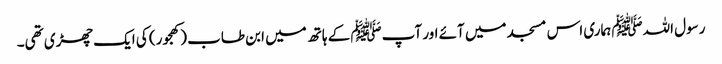
رسول اللہﷺ ہماری اس مسجد میں آئے اور آپﷺ کے ہاتھ میں ابن طاب (کھجور) کی ایک چھڑی تھی۔